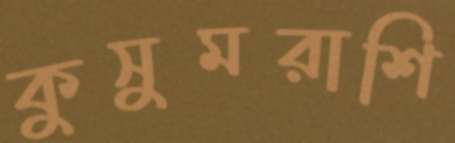
কুসুমরাশি